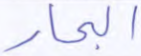
البحار